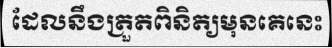
ដែលនឹងត្រួតពិនិត្យមុនគេនេះ